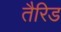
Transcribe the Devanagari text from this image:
तैरिड